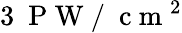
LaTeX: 3~\mathrm{~P~W~/~}\mathrm{~c~m~}^{2}